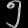
Digit: ၅